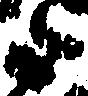
た